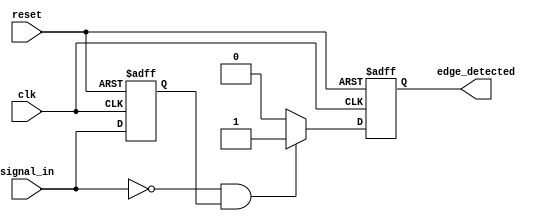
module negative_edge_detector (
    input wire clk,            // Clock signal
    input wire reset,          // Asynchronous reset signal
    input wire signal_in,      // Input signal to detect negative edge
    output reg edge_detected    // Output signal for negative edge detection
);

    reg signal_in_prev;        // Memory element to hold the previous state of signal_in

    always @(posedge clk or posedge reset) begin
        if (reset) begin
            signal_in_prev <= 1'b0;  // Reset the previous signal to known state
            edge_detected <= 1'b0;     // Initialize edge_detected to 0
        end else begin
            signal_in_prev <= signal_in; // Capture the current state on rising clock edge
            edge_detected <= 1'b0;        // Default edge_detected to 0
            
            // Detect negative edge: current low and previous high
            if (~signal_in && signal_in_prev) begin
                edge_detected <= 1'b1;    // Set edge_detected high for one clock cycle
            end
        end
    end

endmodule